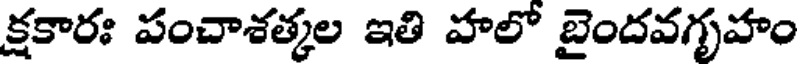
క్షకారః పంచాశత్కల ఇతి హలో బైందవగృహం